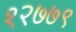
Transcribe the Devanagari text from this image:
१२७७९